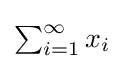
{\textstyle \sum _{i=1}^{\infty }x_{i}}